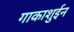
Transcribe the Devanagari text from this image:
गाकाशुईन